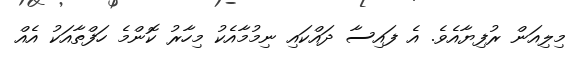
މިލިއަން ރުފިޔާއެވެ. އެ ފައިސާ ދައްކައި ނިމުމާއެކު މިހާރު ކޮންމެ ހަފްތާއަކު އެއް